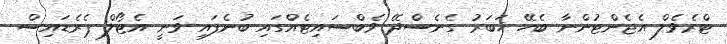
ޓްރެވެލް އެޖެންޓުންނާ ބެހޭ ޚަބަރު ގެނެސްދޭ ވެބްސައިޓެއްގައި ބުނެފައި ވަނީ އެޓޯލް ޕެރެޑައިސް